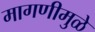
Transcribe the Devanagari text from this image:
मागणीमुळे